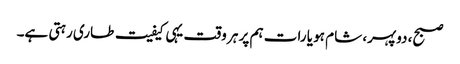
صبح، دوپہر، شام ہو یا رات ہم پر ہر وقت یہی کیفیت طاری رہتی ہے۔